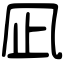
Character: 凪